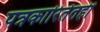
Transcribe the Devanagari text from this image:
पत्रकारितेतही